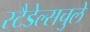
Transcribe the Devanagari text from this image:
स्टैडेल्सचुले